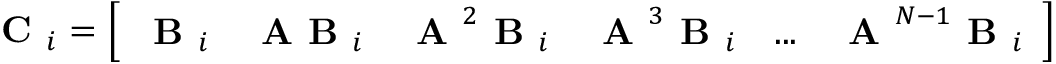
\textbf { C } _ { i } = \left[ \begin{array} { l l l l l l } { \textbf { B } _ { i } } & { \textbf { A B } _ { i } } & { \textbf { A } ^ { 2 } \textbf { B } _ { i } } & { \textbf { A } ^ { 3 } \textbf { B } _ { i } } & { . . . } & { \textbf { A } ^ { N - 1 } \textbf { B } _ { i } } \end{array} \right]